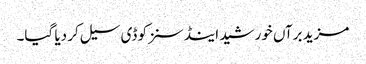
مزید برآں خورشید اینڈ سنزکو ڈی سیل کر دیا گیا۔